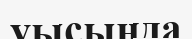
уысында